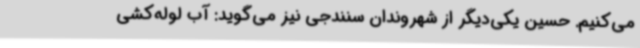
می‌کنیم. حسین یکی‌دیگر از شهروندان سنندجی نیز می‌گوید: آب لوله‌کشی